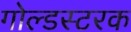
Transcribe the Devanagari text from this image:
गोल्डस्टरक